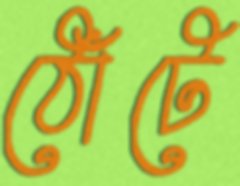
ঠোঁটে